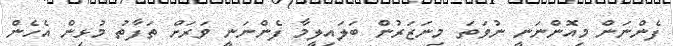
ފެންނަން މިއޮންނަނީ ނުވަތަ މިނަޒަރުން ބަލައިލީމާ ފެންނަނީ ވަރަށް ތަފާތު މުޅިން އެހެން